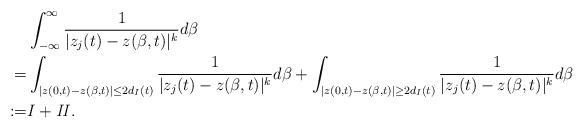
LaTeX: \begin{align*}&\int_{-\infty}^{\infty}\frac{1}{|z_j(t)-z(\beta,t)|^k}d\beta\\=& \int_{|z(0,t)-z(\beta,t)|\leq 2d_I(t)}\frac{1}{|z_j(t)-z(\beta,t)|^k}d\beta+\int_{|z(0,t)-z(\beta,t)|\geq 2d_I(t)}\frac{1}{|z_j(t)-z(\beta,t)|^k}d\beta\\:=& I+\it{II}.\end{align*}